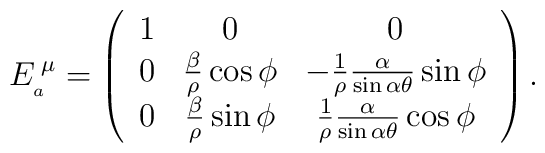
E_{_{a}}^{\; \mu}=\left(\begin{array}{ccc}1 & 0 & 0  \\0 & \frac{\beta}{\rho}\cos\phi & -\frac{1}{\rho}\frac{\alpha}{\sin\alpha\theta}\sin\phi \\ 0 & \frac{\beta}{\rho}\sin\phi & \frac{1}{\rho}\frac{\alpha}{\sin\alpha\theta}\cos\phi \end{array}\right).